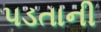
પડતાની